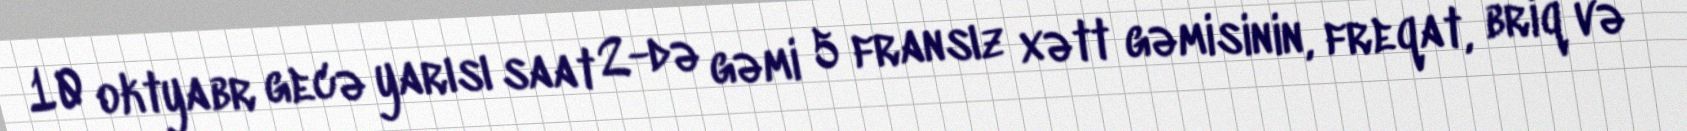
10 oktyabr gecə yarısı saat 2-də gəmi 5 fransız xətt gəmisinin, freqat, briq və